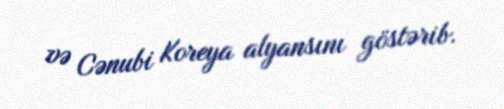
və Cənubi Koreya alyansını göstərib.